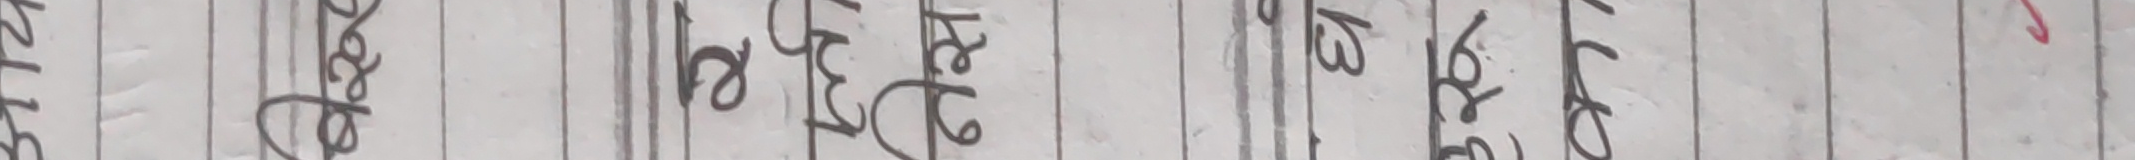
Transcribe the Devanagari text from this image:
यसमा लेट